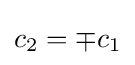
c_{2}=\mp c_{1}